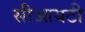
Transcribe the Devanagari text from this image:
सीआयटी